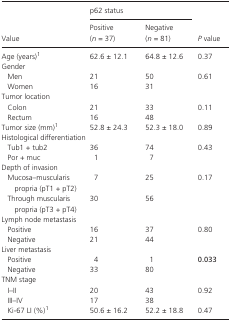
| <ROWSPAN=2> Value | <COLSPAN=2> p62 status | <ROWSPAN=2> P value |
 | Positive (n = 37) | Negative (n = 81) |
 | --- | --- | --- | --- |
 | Age (years)a | 62.6 ± 12.1 | 64.8 ± 12.6 | 0.37 |
 | <COLSPAN=4> Gender |
 | Men | 21 | 50 | 0.61 |
 | Women | 16 | 31 |  |
 | <COLSPAN=4> Tumor location |
 | Colon | 21 | 33 | 0.11 |
 | Rectum | 16 | 48 |  |
 | Tumor size (mm)a | 52.8 ± 24.3 | 52.3 ± 18.0 | 0.89 |
 | <COLSPAN=4> Histological differentiation |
 | Tub1 + tub2 | 36 | 74 | 0.43 |
 | Por + muc | 1 | 7 |  |
 | <COLSPAN=4> Depth of invasion |
 | Mucosa–muscularis propria (pT1 + pT2) | 7 | 25 | 0.17 |
 | Through muscularis propria (pT3 + pT4) | 30 | 56 |  |
 | <COLSPAN=4> Lymph node metastasis |
 | Positive | 16 | 37 | 0.80 |
 | Negative | 21 | 44 |  |
 | <COLSPAN=4> Liver metastasis |
 | Positive | 4 | 1 | 0.033 |
 | Negative | 33 | 80 |  |
 | TNM stage |  |  |  |
 | I–II | 20 | 43 | 0.92 |
 | III–IV | 17 | 38 |  |
 | Ki‐67 LI (%)a | 50.6 ± 16.2 | 52.2 ± 18.8 | 0.47 |